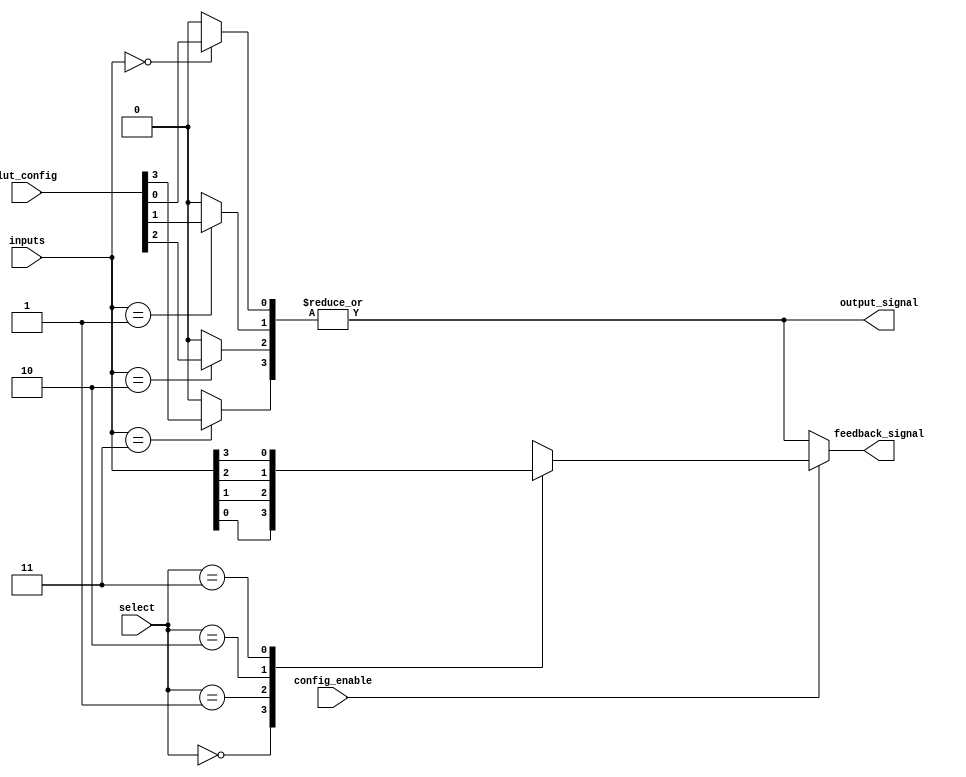
module CLB (
    input wire [3:0] inputs,        // 4 input signals
    input wire [1:0] select,        // 2-bit select for multiplexer
    input wire config_enable,        // Configuration enable signal
    input wire [15:0] lut_config,    // LUT configuration (16 entries for 4 inputs)
    output wire output_signal,       // Output signal
    output wire feedback_signal       // Feedback path
);

// Internal signals
wire [3:0] lut_out;                // Output from the LUT
wire mux_out;                      // Output from the multiplexer

// Lookup Table (LUT) implementation
genvar i;
generate
    for (i = 0; i < 16; i = i + 1) begin : lut
        assign lut_out[i] = (inputs == i) ? lut_config[i] : 1'b0;
    end
endgenerate

// Combine LUT outputs to form the final output
assign output_signal = |lut_out; // ORing all LUT outputs

// Multiplexer implementation
always @(*) begin
    case (select)
        2'b00: mux_out = inputs[0]; // Select input 0
        2'b01: mux_out = inputs[1]; // Select input 1
        2'b10: mux_out = inputs[2]; // Select input 2
        2'b11: mux_out = inputs[3]; // Select input 3
        default: mux_out = 1'b0;     // Default case
    endcase
end

// Feedback path
assign feedback_signal = config_enable ? mux_out : output_signal;

endmodule